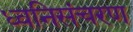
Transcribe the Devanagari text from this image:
ध्वनिसंचरण